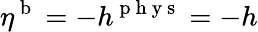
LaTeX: \eta^{\mathrm{~b~}}=-h^{\mathrm{~p~h~y~s~}}=-h